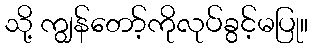
သို့ ကျွန်တော့်ကိုလုပ်ခွင့်မပြု။